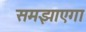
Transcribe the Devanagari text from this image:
समझाएगा